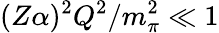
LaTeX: (Z\alpha)^{2}Q^{2}/m_{\pi}^{2}\ll 1